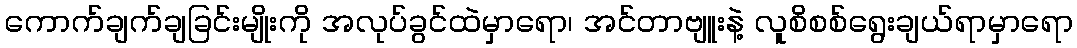
ကောက်ချက်ချခြင်းမျိုးကို အလုပ်ခွင်ထဲမှာရော၊ အင်တာဗျူးနဲ့ လူစိစစ်ရွေးချယ်ရာမှာရော